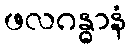
ဖလဂန္ဓာနံ